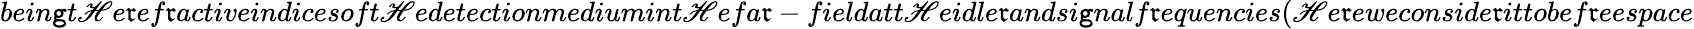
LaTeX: bein\mathtt{g}t\mathscr{H}e\mathfrak{r}ef\mathfrak{r}activeindicesoft\mathscr{H}edetectionmediumint\mathscr{H}efa\mathfrak{r}-fieldatt\mathscr{H}eidle\mathfrak{r}andsi\mathtt{g}nalf\mathfrak{r}equencies(\mathscr{H}e\mathfrak{r}eweconside\mathfrak{r}ittobef\mathfrak{r}eespace